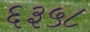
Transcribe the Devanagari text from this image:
६३५८